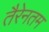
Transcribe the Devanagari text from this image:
तैरेनतम